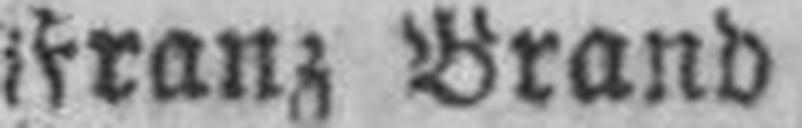
Franz Brand